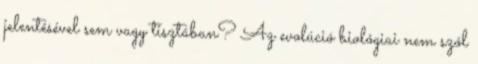
jelentésével sem vagy tisztában? Az evolúció biológiai nem szól